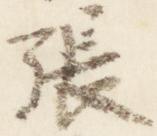
張